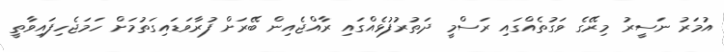
އުމަރު ނަސީރު މިރޭގެ ވަގުތެއްގައި ރަސްމީ ދަތުރުފުޅެއްގައި ރާއްޖެއިން ބޭރަށް ފުރާވަޑައިގަތުމަށް ހަމަޖެހިފައިވާތީ